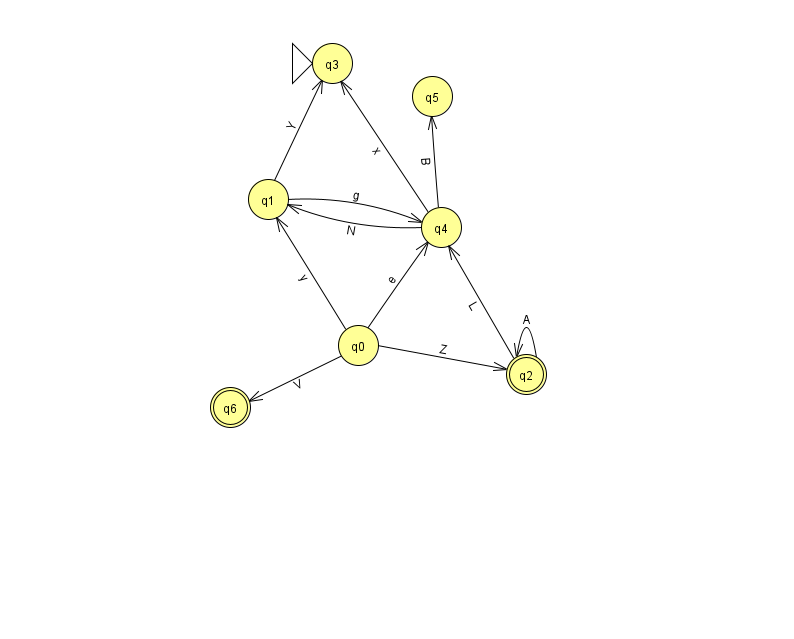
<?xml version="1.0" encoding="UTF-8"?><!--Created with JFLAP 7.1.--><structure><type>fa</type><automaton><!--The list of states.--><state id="0" name="q0"><x>358.0</x><y>332.0</y></state><state id="1" name="q1"><x>268.0</x><y>186.0</y></state><state id="2" name="q2"><x>526.0</x><y>361.0</y><final/></state><state id="3" name="q3"><x>332.0</x><y>50.0</y><initial/></state><state id="4" name="q4"><x>441.0</x><y>214.0</y></state><state id="5" name="q5"><x>432.0</x><y>83.0</y></state><state id="6" name="q6"><x>230.0</x><y>394.0</y><final/></state><!--The list of transitions.--><transition><from>0</from><to>4</to><read>e</read></transition><transition><from>2</from><to>2</to><read>A</read></transition><transition><from>4</from><to>5</to><read>B</read></transition><transition><from>1</from><to>4</to><read>g</read></transition><transition><from>2</from><to>4</to><read>L</read></transition><transition><from>4</from><to>3</to><read>x</read></transition><transition><from>0</from><to>6</to><read>V</read></transition><transition><from>1</from><to>3</to><read>Y</read></transition><transition><from>0</from><to>2</to><read>Z</read></transition><transition><from>4</from><to>1</to><read>N</read></transition><transition><from>0</from><to>1</to><read>y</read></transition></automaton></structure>